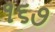
૧૬૭